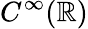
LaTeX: C^{\infty}({\mathbb R})